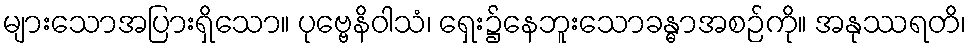
များသောအပြားရှိသော။ ပုဗ္ဗေနိဝါသံ၊ ရှေး၌နေဘူးသောခန္ဓာအစဉ်ကို။ အနုဿရတိ၊